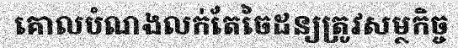
គោលបំណងលក់តែចៃដន្យត្រូវសម្ថកិច្ច